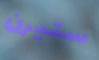
ستيرن